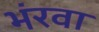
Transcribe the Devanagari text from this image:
भंरवा